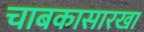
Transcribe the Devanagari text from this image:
चाबकासारखा